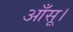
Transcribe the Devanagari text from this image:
आँसू।